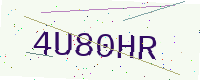
Text: 4U80HR